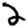
Digit: 2